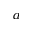
^ { a }